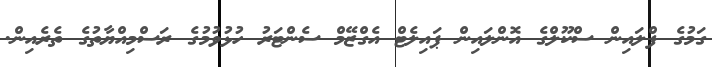
ގަމުގެ ފްލައިން ސްކޫލްގެ އޮންލައިން ޕައިލެޓް އެގްޒޭމް ސެންޓަރު ހުޅުވުމުގެ ރަސްމިއްޔާތުގެ ތެރެއިން.